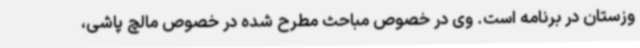
وزستان در برنامه است. وی در خصوص مباحث مطرح شده در خصوص مالچ پاشی،